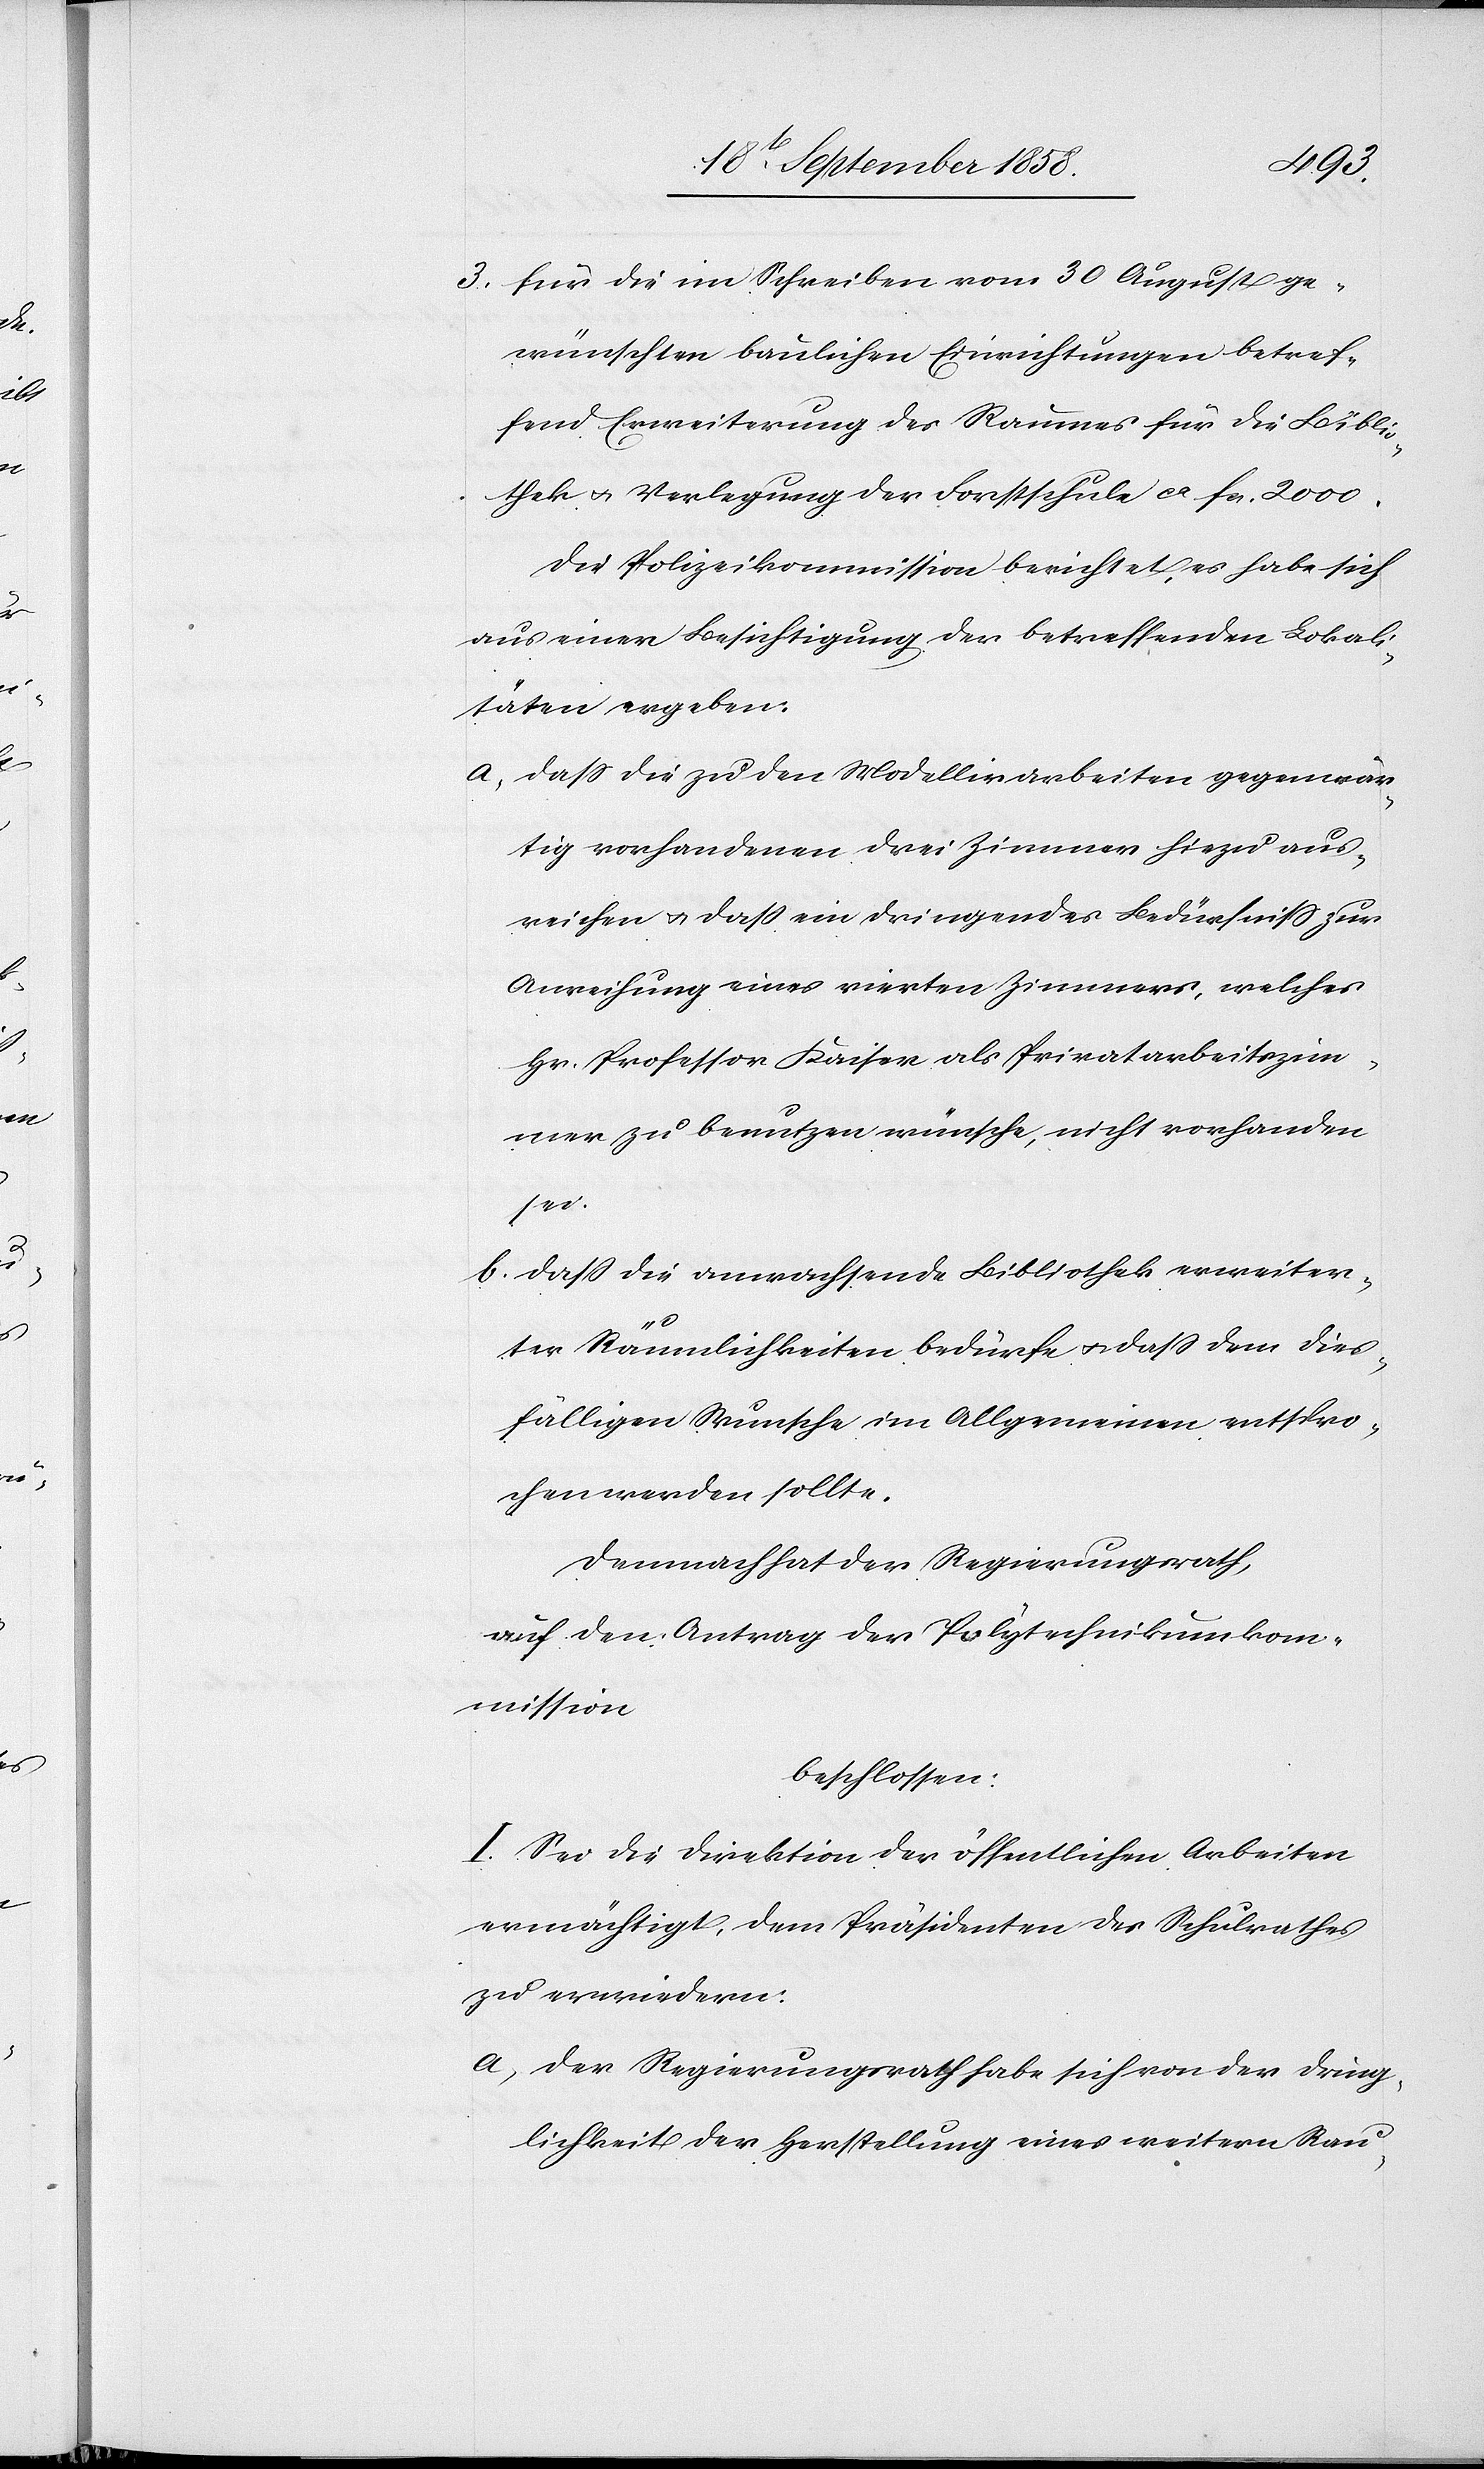
3.
für die im Schreiben vom 30 August ge¬
wünschten baulichen Einrichtungen betref¬
fend Erweiterung des Raumes für die Biblio¬
thek & Verlegung der Forstschule ca fcs. 2000.
Die Polizeikommission berichtet, es habe sich
aus einer Besichtigung der betreffenden Lokali¬
täten ergeben:
dass die zu den Modellirarbeiten gegenwär¬
tig vorhandenen drei Zimmer hiezu aus¬
reichen & dass ein dringendes Bedürfniss zur
Anreihung eines vierten Zimmers, welches
Hr. Professor Kaiser als Privatarbeitszim¬
mer zu benutzen wünsche, nicht vorhanden
sei.
dass die anwachsende Bibliothek erweiter¬
ter Räumlichkeiten bedürfe & dass dem dies¬
fälligen Wunsche im Allgemeinen entspro¬
chen werden sollte.
Demnach hat der Regierungsrath,
auf den Antrag der Polytechnikumkom¬
mission
beschlossen:
I. Sei die Direktion der öffentlichen Arbeiten
ermächtigt, dem Präsidenten des Schulrathes
zu erwiedern:
Der Regierungsrath habe sich von der Dring¬
lichkeit der Herstellung eines weitern Rau-